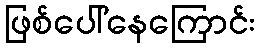
ဖြစ်ပေါ်နေကြောင်း